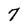
Character: 7